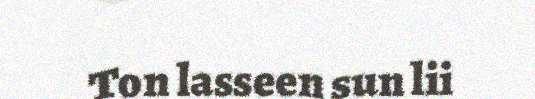
Ton lasseen sun lii